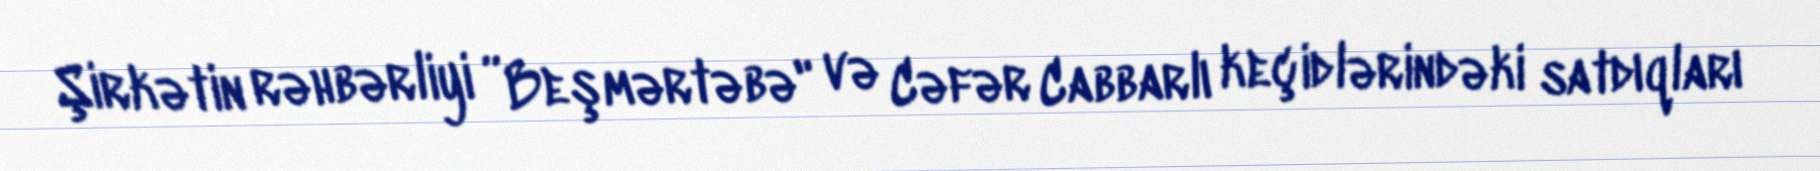
Şirkətin rəhbərliyi ”Beşmərtəbə" və Cəfər Cabbarlı keçidlərindəki satdıqları